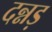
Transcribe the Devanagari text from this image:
दन्नड़